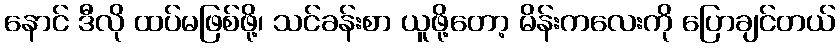
နောင် ဒီလို ထပ်မဖြစ်ဖို့၊ သင်ခန်းစာ ယူဖို့တော့ မိန်းကလေးကို ပြောချင်တယ်